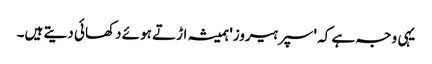
یہی وجہ ہے کہ 'سپر ہیروز' ہمیشہ اڑتے ہوئے دکھائی دیتے ہیں۔